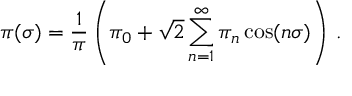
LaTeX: \pi ( \sigma ) = { \frac { 1 } { \pi } } \left( \pi _ { 0 } + { \sqrt { 2 } } \sum _ { n = 1 } ^ { \infty } \pi _ { n } \cos ( n \sigma ) \right) \, .